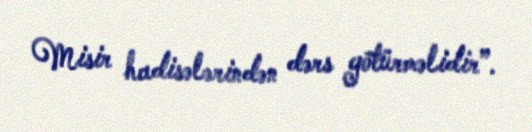
Misir hadisələrindən dərs götürməlidir”.